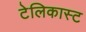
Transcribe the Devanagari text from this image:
टेलिकास्ट